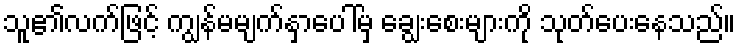
သူ၏လက်ဖြင့် ကျွန်မမျက်နှာပေါ်မှ ချွေးစေးများကို သုတ်ပေးနေသည်။